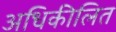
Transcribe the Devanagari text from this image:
अधिकीलित